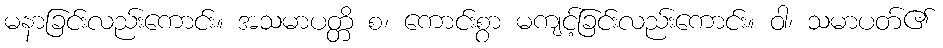
မနာခြင်းလည်းကောင်း။ အသမာပတ္တိ စ၊ ကောင်းစွာ မကျင့်ခြင်းလည်းကောင်း။ ဝါ၊ သမာပတ်၏